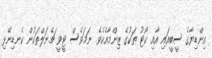
އިންޑިޔާގެ ސީބީއައި އާއި ކޯޓު ތަކުގެ ޒިންމާއެކެވެ. ނަމަވެސް ޓީވީ ޗެނަލްތަކުން ކެނޑިނޭޅި